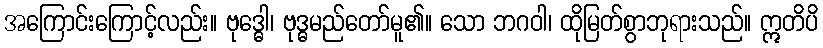
အကြောင်းကြောင့်လည်း။ ဗုဒ္ဓေါ၊ ဗုဒ္ဓမည်တော်မူ၏။ သော ဘဂဝါ၊ ထိုမြတ်စွာဘုရားသည်။ ဣတိပိ